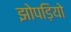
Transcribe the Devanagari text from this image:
झोपड़ियो